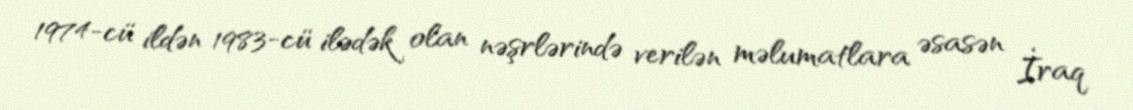
1974-cü ildən 1983-cü ilədək olan nəşrlərində verilən məlumatlara əsasən İraq